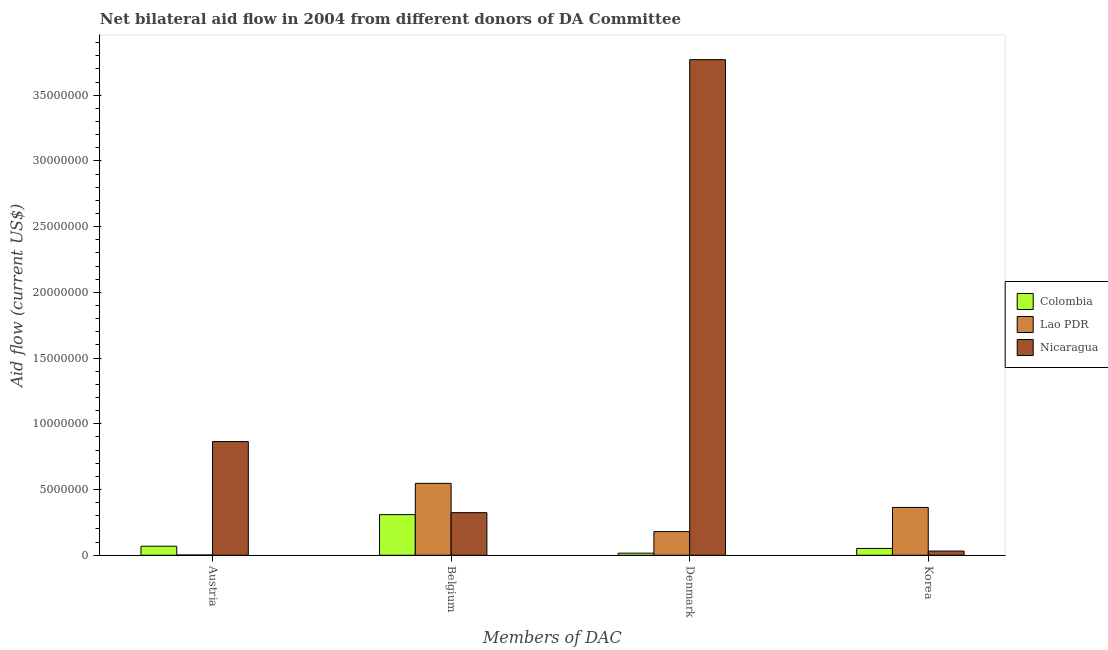
| Members of DAC | Colombia | Lao PDR | Nicaragua |
 | --- | --- | --- | --- |
 | Austria | 6.9e+05 | 2e+04 | 8.65e+06 |
 | Belgium | 3.09e+06 | 5.47e+06 | 3.24e+06 |
 | Denmark | 1.6e+05 | 1.8e+06 | 3.77e+07 |
 | Korea | 5.2e+05 | 3.64e+06 | 3.2e+05 |